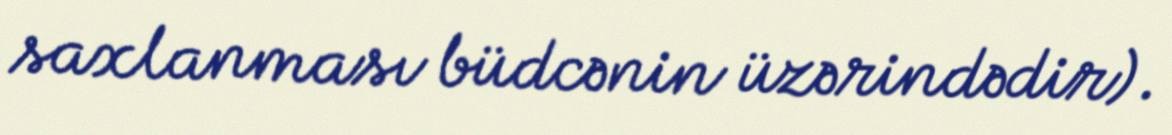
saxlanması büdcənin üzərindədir).